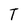
Character: T